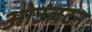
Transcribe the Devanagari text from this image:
ओउलटन